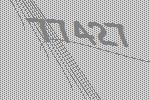
77427